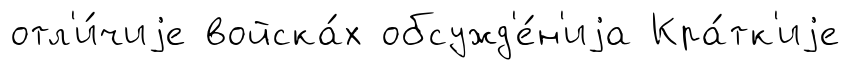
отл'и́чиjе войска́х обсужд'е́н'иjа Кра́тк'иjе